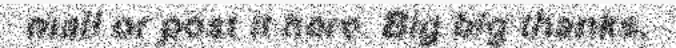
mail or post it here. Big big thanks.